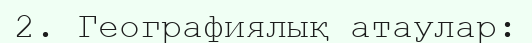
2. Географиялық атаулар: